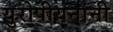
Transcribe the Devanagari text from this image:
युरोपीयनांनी